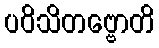
ပဝိသိတဗ္ဗောတိ